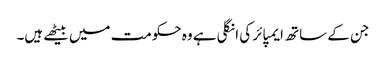
جن کے ساتھ ایمپائر کی انگلی ہے وہ حکومت میں بیٹھے ہیں۔